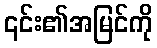
၎င်း၏အမြင်ကို